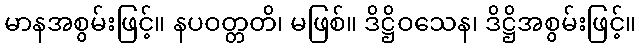
မာနအစွမ်းဖြင့်။ နပဝတ္တတိ၊ မဖြစ်။ ဒိဋ္ဌိဝသေန၊ ဒိဋ္ဌိအစွမ်းဖြင့်။